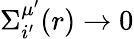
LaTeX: \Sigma_{i^{\prime}}^{\mu^{\prime}}(r)\to 0